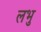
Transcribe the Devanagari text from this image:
लभु